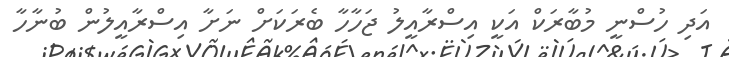
އަދި ހުސްނީ މުބާރަކް އަކީ އިސްރާއީލު ޖަހާހާ ބެރަކަށް ނަށާ އިސްރާއީލުން ބުނާހާ